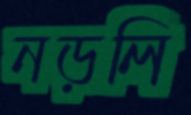
নড়লি